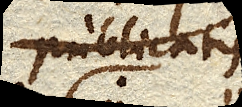
publicatis